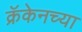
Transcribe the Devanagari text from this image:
क्रॅकेनच्या